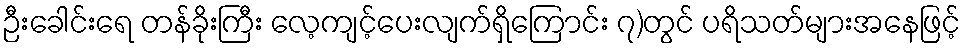
ဉီးခေါင်းရေ တန်ခိုးကြီး လေ့ကျင့်ပေးလျက်ရှိကြောင်း ၇)တွင် ပရိသတ်များအနေဖြင့်